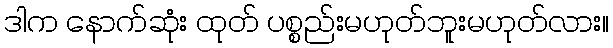
ဒါက နောက်ဆုံး ထုတ် ပစ္စည်းမဟုတ်ဘူးမဟုတ်လား။